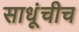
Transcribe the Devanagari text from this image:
साधूंचीच